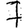
Digit: 7